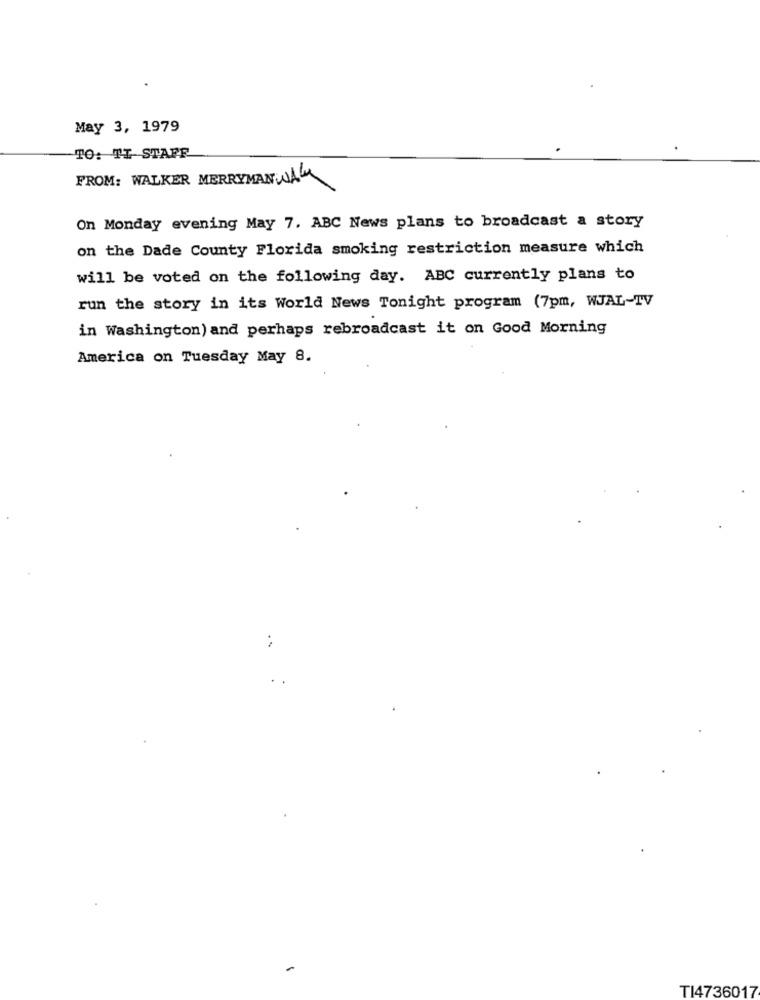
May 3, 1979
TO: TI STAFF
FROM: WALKER MERRYMANWAR
On Monday evening May 7. ABC News plans to broadcast a story
on the Dade County Florida smoking restriction measure which
will be voted on the following day. ABC currently plans to
run the story in its World News Tonight program (7pm, WJAL-TV
in Washington) and perhaps rebroadcast it on Good Morning
America on Tuesday May 8.
:
TI4736017